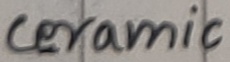
Text: ceramic